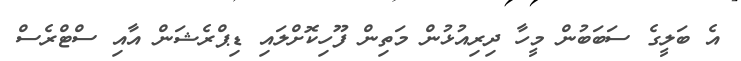
އެ ބަލީގެ ސަބަބުން މީހާ ދިރިއުޅުން މަތިން ފޫހިކޮށްލައި ޑިޕްރެޝަން އާއި ސްޓްރެސް